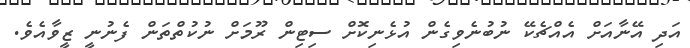
އަދި އޭނާއަށް އެއްޗެކޭ ނުބުނެވިގެން އުޅެނިކޮށް ސިޓިން ރޫމަށް ނުކުތްތަން ފެނުނީ ޒީވާއެވެ.